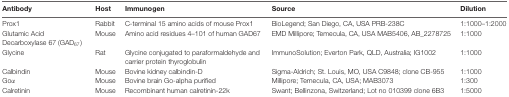
<table><thead><tr><td><b>Antibody</b></td><td><b>Host</b></td><td><b>Immunogen</b></td><td><b>Source</b></td><td><b>Dilution</b></td></tr></thead><tbody><tr><td>Prox1</td><td>Rabbit</td><td>C-terminal 15 amino acids of mouse Prox1</td><td>BioLegend; San Diego, CA, USA PRB-238C</td><td>1:1000–1:2000</td></tr><tr><td>Glutamic Acid Decarboxylase 67 (GAD<sub>67</sub>)</td><td>Mouse</td><td>Amino acid residues 4–101 of human GAD67</td><td>EMD Millipore; Temecula, CA, USA MAB5406, AB_2278725</td><td>1:1000</td></tr><tr><td>Glycine</td><td>Rat</td><td>Glycine conjugated to paraformaldehyde and carrier protein thyroglobulin</td><td>ImmunoSolution; Everton Park, QLD, Australia; IG1002</td><td>1:1000</td></tr><tr><td>Calbindin</td><td>Mouse</td><td>Bovine kidney calbindin-D</td><td>Sigma-Aldrich; St. Louis, MO, USA C9848; clone CB-955</td><td>1:1000</td></tr><tr><td>Goα</td><td>Mouse</td><td>Bovine brain Go-alpha purified</td><td>Millipore; Temecula, CA, USA; MAB3073</td><td>1:300</td></tr><tr><td>Calretinin</td><td>Mouse</td><td>Recombinant human calretinin-22k</td><td>Swant; Bellinzona, Switzerland; Lot no 010399 clone 6B3</td><td>1:5000</td></tr></tbody></table>